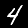
Label: 4